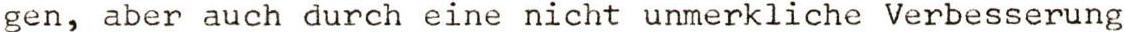
gen, aber auch durch eine nicht unmerkliche Verbesserung